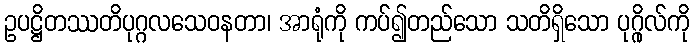
ဥပဋ္ဌိတဿတိပုဂ္ဂလသေဝနတာ၊ အာရုံကို ကပ်၍တည်သော သတိရှိသော ပုဂ္ဂိုလ်ကို